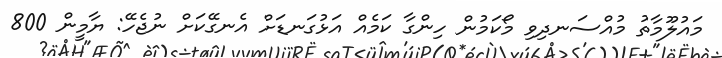
މައުލޫމާތު މުއްސަނދިވި މޯކަމުން ހިންގާ ކަމެއް އަޅުގަނޑަށް އެނގޭކަށް ނުޖެހޭ: ޔާމީން 800